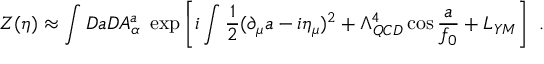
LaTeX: Z ( \eta ) \approx \int { \cal D } a { \cal D } A _ { \alpha } ^ { a } \ \exp \left[ i \int { \frac { 1 } { 2 } } ( \partial _ { \mu } a - i \eta _ { \mu } ) ^ { 2 } + \Lambda _ { Q C D } ^ { 4 } \cos { \frac { a } { f _ { 0 } } } + { \cal L } _ { Y M } \right] \ .